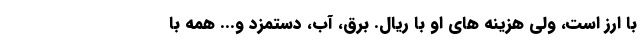
با ارز است، ولی هزینه های او با ریال. برق، آب، دستمزد و... همه با